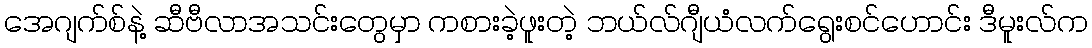
အေဂျက်စ်နဲ့ ဆီဗီလာအသင်းတွေမှာ ကစားခဲ့ဖူးတဲ့ ဘယ်လ်ဂျီယံလက်ရွေးစင်ဟောင်း ဒီမူးလ်က